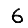
Digit: 6